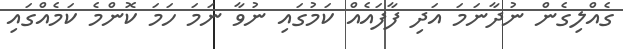
ގެއްލިގެން ނުދާނަމަ އަދި ފާފައެއް ކަމުގައި ނުވާ ނަމަ ހަމަ ކޮންމެ ކަމެއްގައި